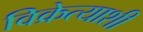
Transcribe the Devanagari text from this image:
विक्रेत्याशी